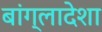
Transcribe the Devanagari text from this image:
बांग्लादेशा